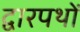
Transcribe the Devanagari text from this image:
द्वारपथों